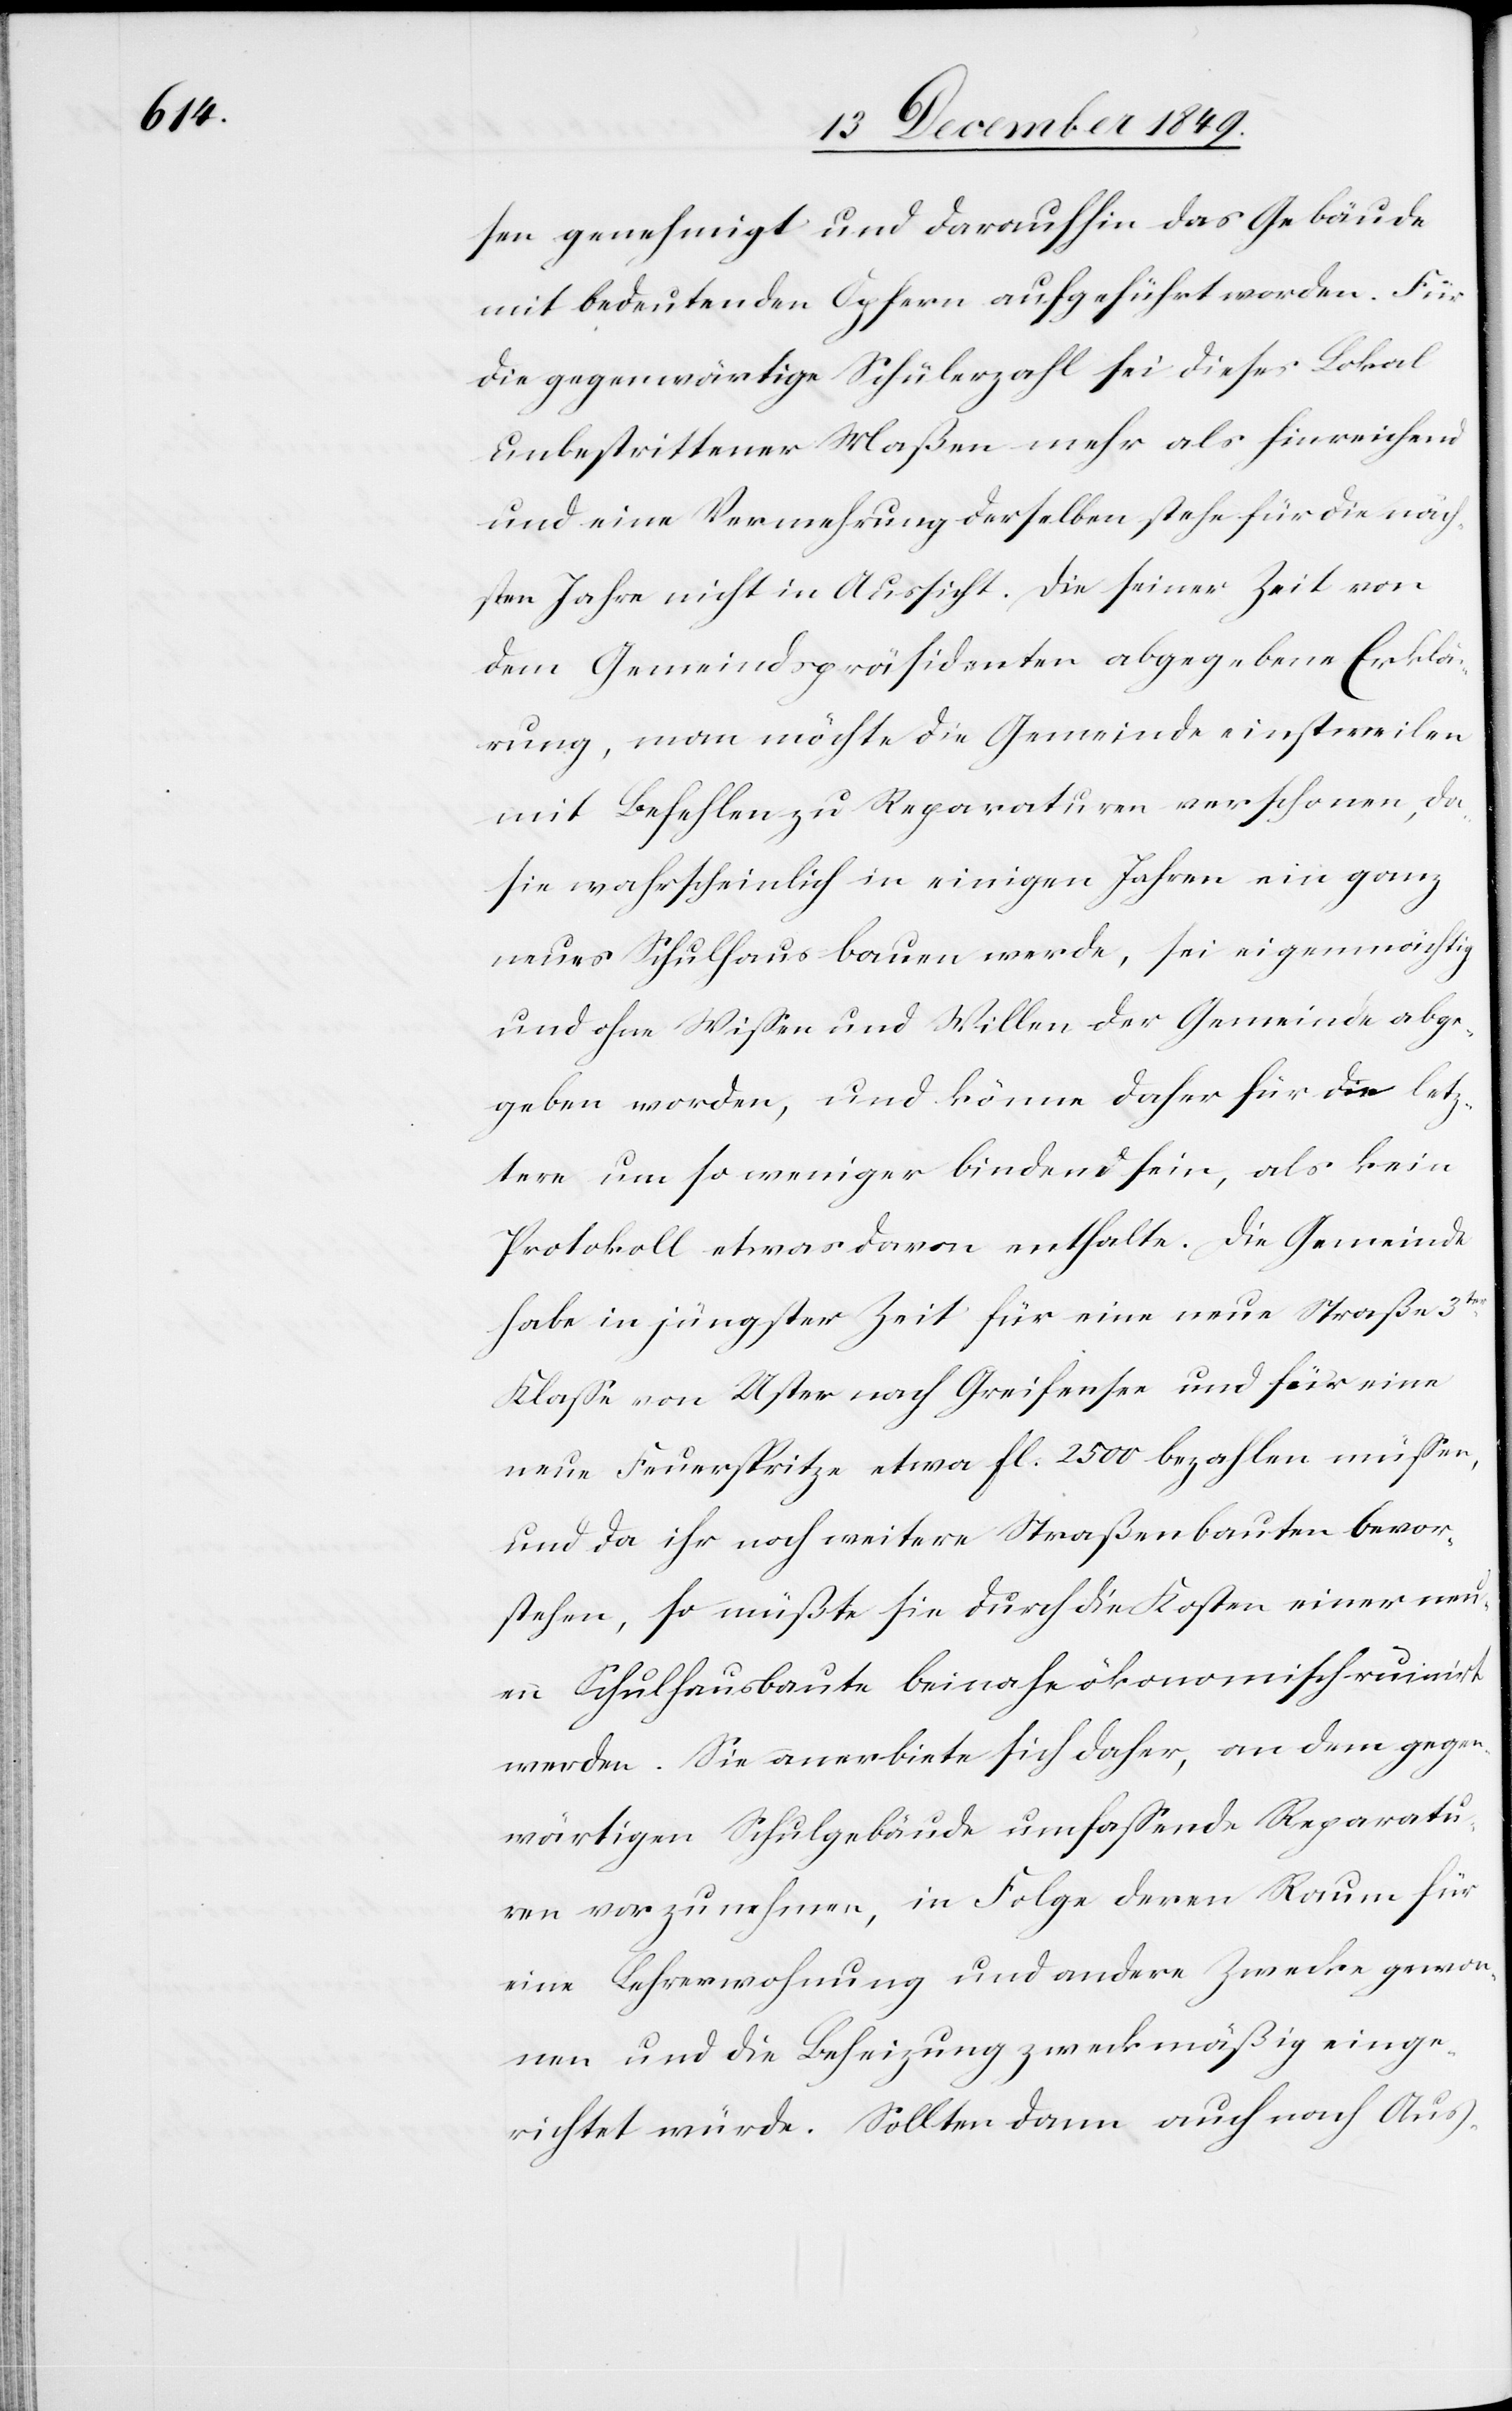
sen genehmigt und daraufhin das Gebäude
mit bedeutenden Opfern aufgeführt worden. Für
die gegenwärtige Schülerzahl sei dieses Lokal
unbestrittener Maßen mehr als hinreichend
und eine Vermehrung derselben stehe für die näch¬
sten Jahre nicht in Aussicht. Die seiner Zeit von
dem Gemeindspräsidenten abgegebene Erklä¬
rung, man möchte die Gemeinde einstweilen
mit Befehlen zu Reparaturen verschonen, da
sie wahrscheinlich in einigen Jahren ein ganz
neues Schulhaus bauen werde, sei eigenmächtig
und ohne Wißen und Willen der Gemeinde abge¬
geben worden, und könne daher für die letz¬
tere um so weniger bindend sein als kein
Protokoll etwas davon enthalte. Die Gemeinde
habe in jüngster Zeit für eine neue Straße 3ter
Klaße von Uster nach Greifensee und für eine
neue Feuerspritze etwa fl. 2500 bezahlen müßen,
und da ihr noch weitere Straßenbauten bevor¬
stehen, so müßte sie durch die Kosten einer neu¬
en Schulhausbaute beinahe ökonomisch ruinirt
werden. Sie anerbiete sich daher, an dem gegen¬
wärtigen Schulgebäude umfaßende Reparatu¬
ren vorzunehmen, in Folge deren Raum für
eine Lehrerwohnung und andere Zwecke gewon¬
nen und die Beheizung zweckmäßig einge¬
richtet würde. Sollte dann auch nach Aus-